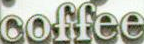
coffee